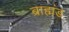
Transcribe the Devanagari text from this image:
ब्राह्मंड